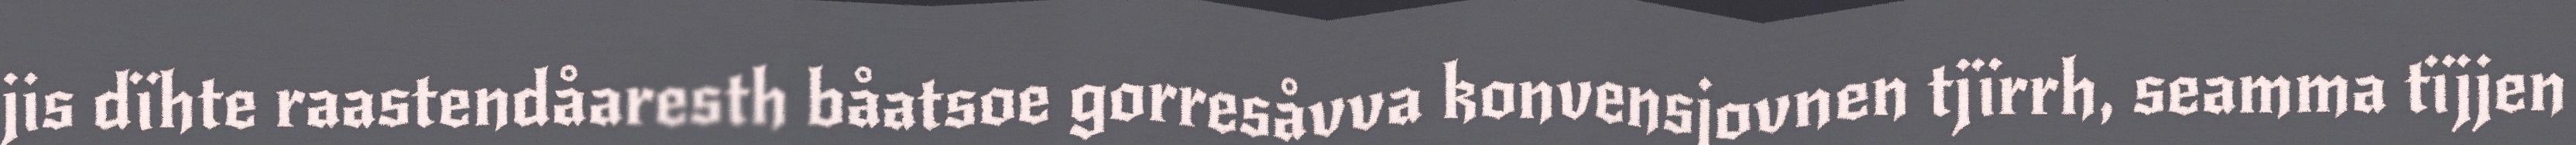
jis dïhte raastendåaresth båatsoe gorresåvva konvensjovnen tjïrrh, seamma tïjjen